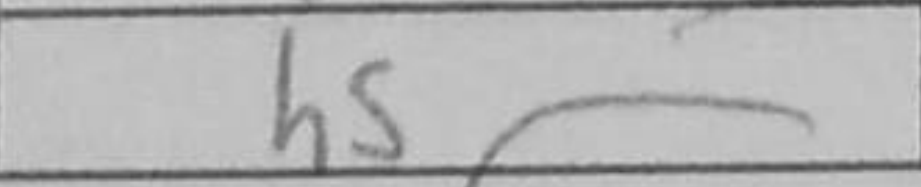
Transcription: h5